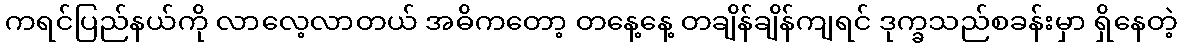
ကရင်ပြည်နယ်ကို လာလေ့လာတယ် အဓိကတော့ တနေ့နေ့ တချိန်ချိန်ကျရင် ဒုက္ခသည်စခန်းမှာ ရှိနေတဲ့